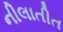
નીલાતીત